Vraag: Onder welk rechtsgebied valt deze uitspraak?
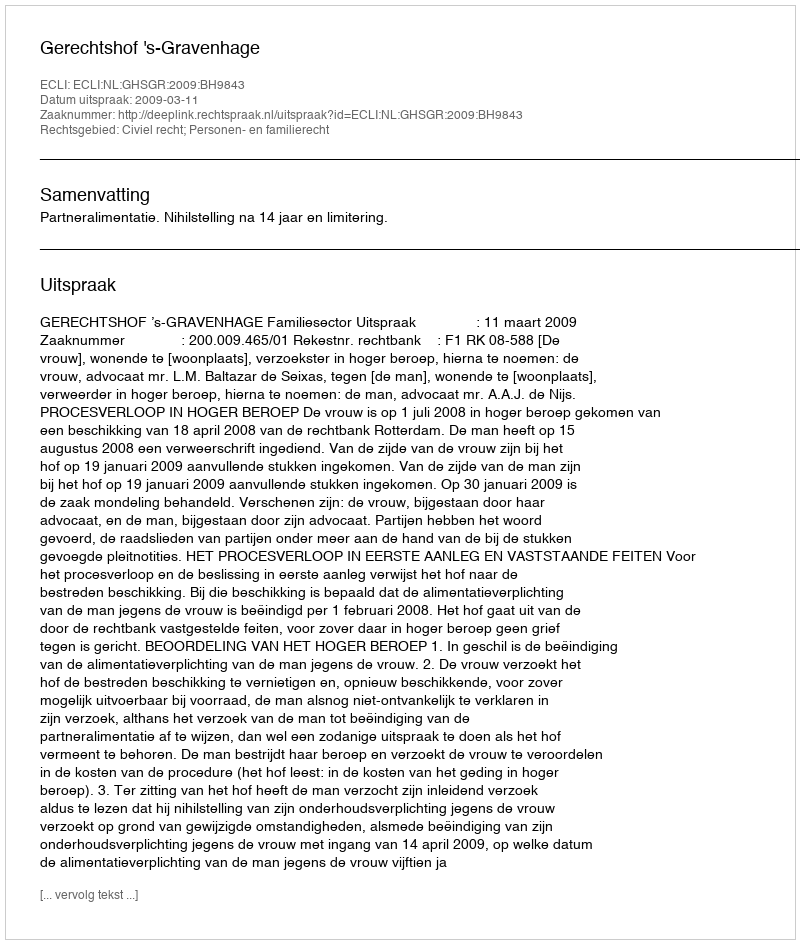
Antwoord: Civiel recht; Personen- en familierecht